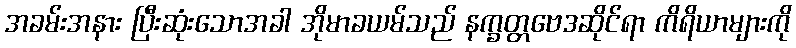
အခမ်းအနား ပြီးဆုံးသောအခါ အိုမာခယမ်သည် နက္ခတ္တဗေဒဆိုင်ရာ ကိရိယာများကို